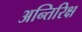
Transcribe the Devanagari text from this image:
अन्तिरिक्ष